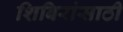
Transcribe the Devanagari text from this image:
शिबिरांसाठी